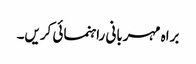
براہ مہربانی راہنمائی کریں۔